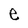
Character: e